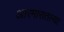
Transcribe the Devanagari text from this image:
आरमारातल्या